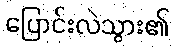
ပြောင်းလဲသွား၏